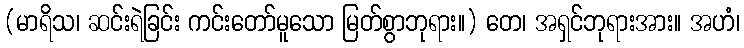
(မာရိသ၊ ဆင်းရဲခြင်း ကင်းတော်မူသော မြတ်စွာဘုရား။) တေ၊ အရှင်ဘုရားအား။ အဟံ၊